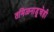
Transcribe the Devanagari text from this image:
तमिळनाडूचेही